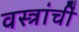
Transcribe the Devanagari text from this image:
वस्त्रांचीं